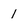
Character: 1